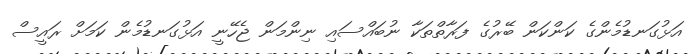
އަޅުގަނޑުމެންގެ ކަންކަން ބޭރުގެ ފަރާތްތަކާ ނުބައްސައި ނިންމަން ޖެހޭނީ އަޅުގަނޑުމެން ކަމަށް ރައީސް